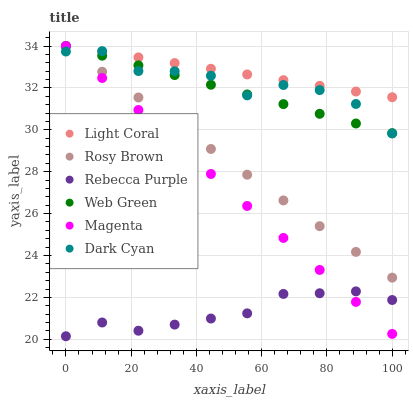
| xaxis_label | Light Coral | Rosy Brown | Rebecca Purple | Web Green | Magenta | Dark Cyan |
 | --- | --- | --- | --- | --- | --- | --- |
 | 0 | 34 | 34 | 20.1 | 34 | 34 | 33.7 |
 | 11.1 | 33.7 | 32.8 | 20.8 | 33.5 | 32.5 | 33.8 |
 | 22.2 | 33.5 | 31.5 | 20.4 | 33.1 | 30.9 | 32.8 |
 | 33.3 | 33.2 | 30.3 | 20.7 | 32.6 | 29.4 | 32.8 |
 | 44.4 | 32.9 | 29.1 | 21 | 32.2 | 27.9 | 32.6 |
 | 55.6 | 32.6 | 27.9 | 21.2 | 31.7 | 26.4 | 31.6 |
 | 66.7 | 32.4 | 26.6 | 22.2 | 31.2 | 24.8 | 32.1 |
 | 77.8 | 32.1 | 25.4 | 22.2 | 30.8 | 23.3 | 31.9 |
 | 88.9 | 31.8 | 24.2 | 22.3 | 30.3 | 21.8 | 31.2 |
 | 100 | 31.6 | 22.9 | 21.9 | 29.8 | 20.3 | 29.8 |